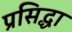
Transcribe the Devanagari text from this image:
प्रसिद्धा